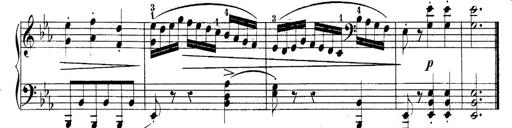
Title: 10 Sonatines progressives
Composer: Anton Schmoll